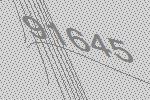
91645